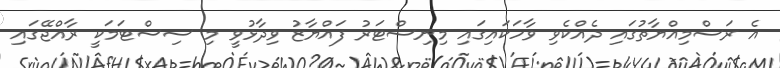
އެ ރަސްމިއްޔާތުގައި ދެއްކެވި ވާހަކައިގައި މިނިސްޓަރު ފައްޔާޒު ވިދާޅުވީ މި ސިސްޓަމަކީ ރާއްޖޭގައި